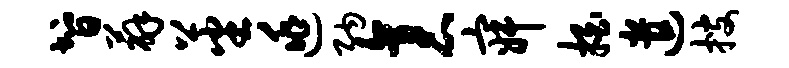
智薜蕃逃纳袤寂拍遣搜